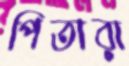
পিতারা